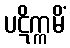
ပဋိက္ကမိံ